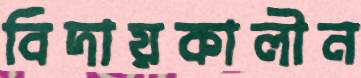
বিদায়কালীন